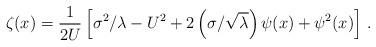
LaTeX: \begin{align*}\zeta(x) = \frac{1}{2U}\left[\sigma^2/\lambda-U^2+2\left(\sigma/\sqrt{\lambda}\right)\psi(x)+\psi^2(x)\right]\,.\end{align*}